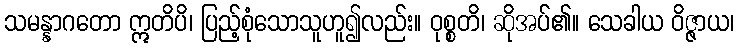
သမန္နာဂတော ဣတိပိ၊ ပြည့်စုံသောသူဟူ၍လည်း။ ဝုစ္စတိ၊ ဆိုအပ်၏။ သေခါယ ဝိဇ္ဇာယ၊